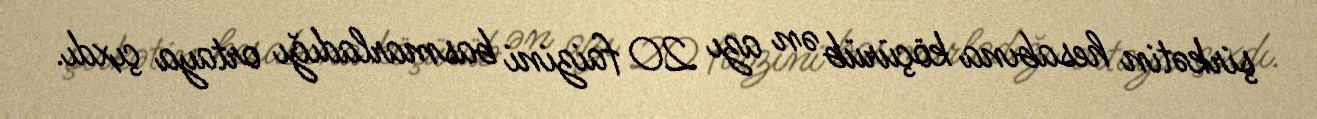
şirkətin hesabına köçürüb ən azı 20 faizini basmarladığı ortaya çıxdı.